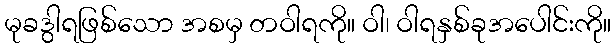
မုခဒွါရဖြစ်သော အစမှ တဝါရကို။ ဝါ၊ ဝါရနှစ်ခုအပေါင်းကို။